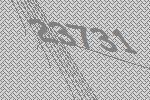
23731